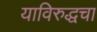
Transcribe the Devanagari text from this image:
याविरुद्धचा